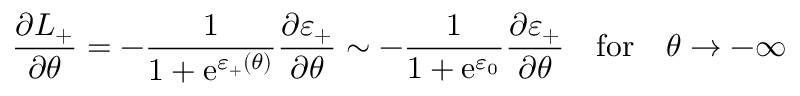
\frac { \partial L _ { + } } { \partial \theta } = - \frac { 1 } { 1 + \mathrm { e } ^ { \varepsilon _ { + } ( \theta ) } } \frac { \partial \varepsilon _ { + } } { \partial \theta } \sim - \frac { 1 } { 1 + \mathrm { e } ^ { \varepsilon _ { 0 } } } \frac { \partial \varepsilon _ { + } } { \partial \theta } \quad \mathrm { f o r } \quad \theta \rightarrow - \infty